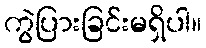
ကွဲပြားခြင်းမရှိပါ။